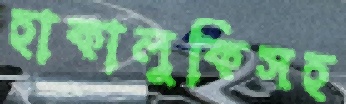
হাকালুকিসহ